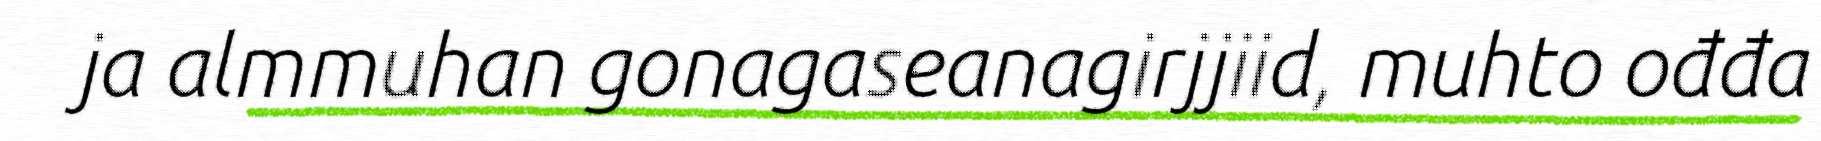
ja almmuhan gonagaseanagirjjiid, muhto ođđa